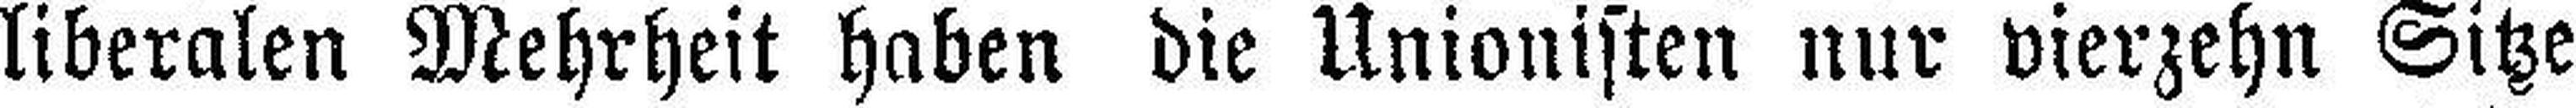
liberalen Mehrheit haben die Unionisten nur vierzehn Sitze